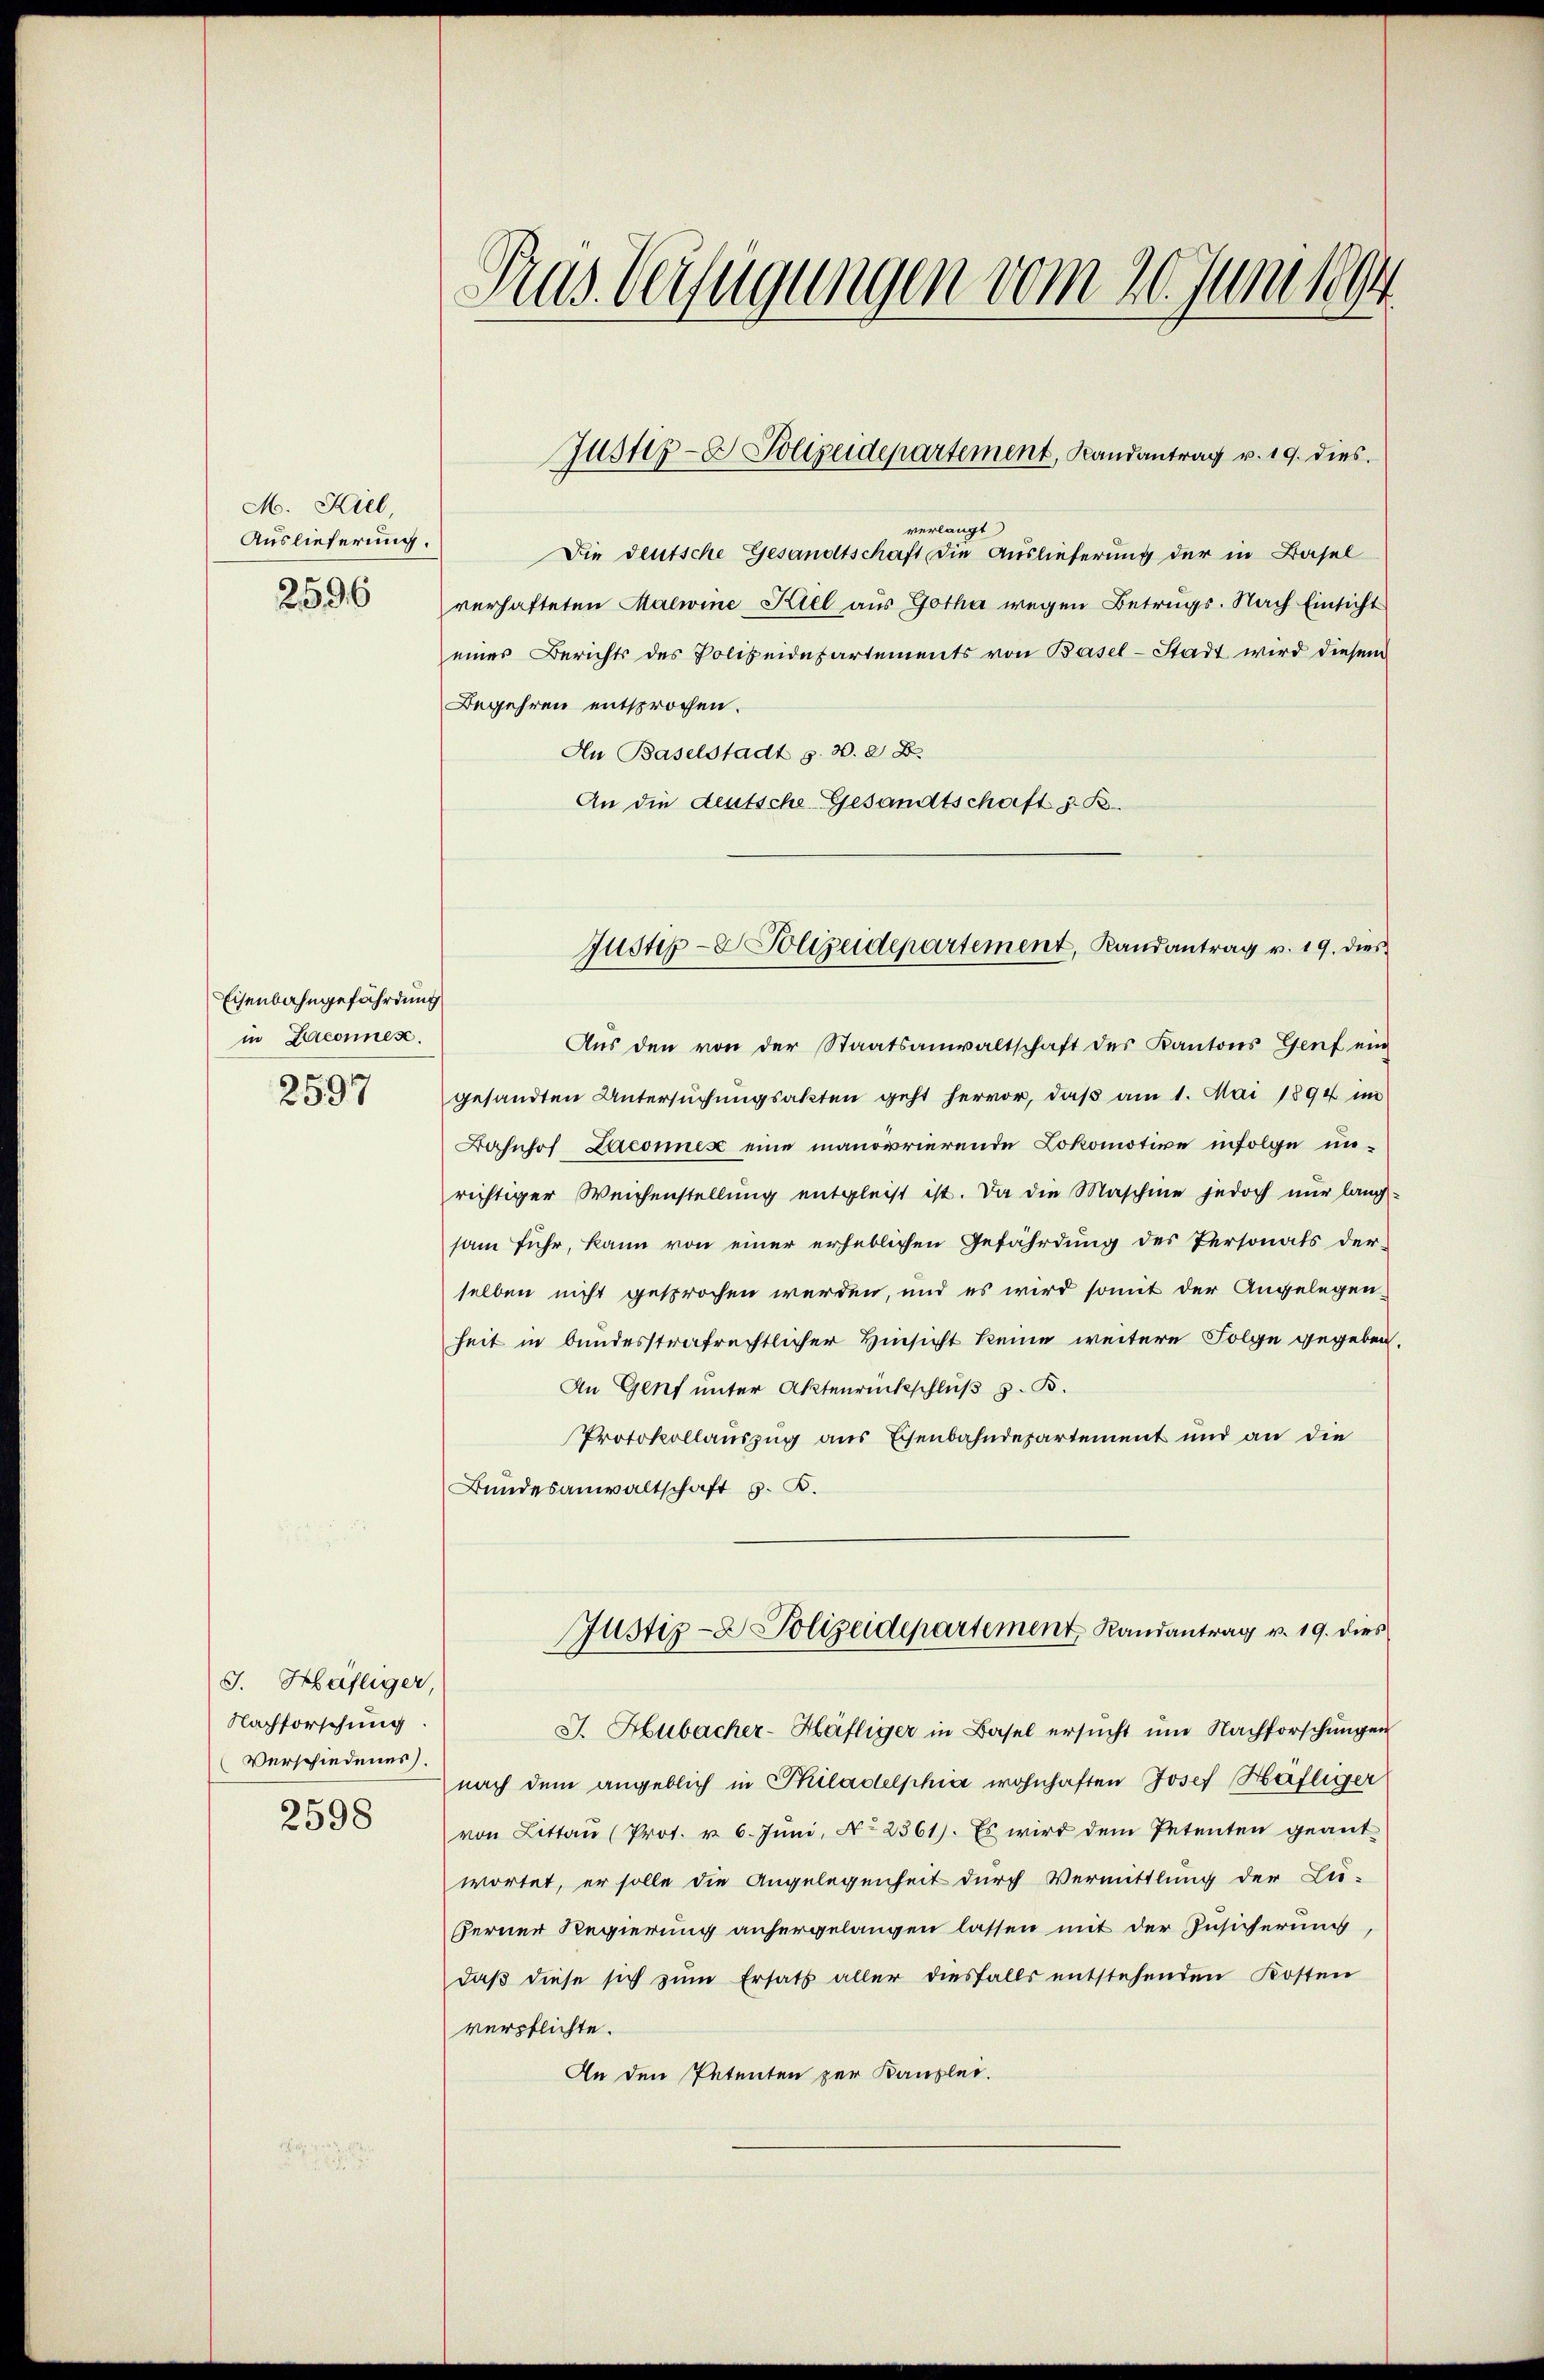
M. Kiel,
Auslieferung.
2596

Eisenbahngefährdung
in Deconnen.
2597

J. Häfliger,
Nachforschung.
Verschiedenes).
2598

Rus Verfügungen vom 20. Juni 1894

verlangt
Die deutsche Gesandtschaft die Auslieferung der in Basel
verhafteten Malwine Kiel aus Gotha wegen Betrugs. Nach Einsicht
eines Berichts des Polizeidepartements von Basel-Stadt wird diesem
Begehren entsprochen.
An Baselstadt z. B. 2 B.
An die deutsche Gesandtschaft z. B.
Aŭs den von der Staatsanwaltschaft des Kantons Genf ein
gesandten Untersuchungsakten geht hervor, daß am 1. Mai 1894 im
Bahnhof Laconex eine manövrierende Lokomotive infolge un-
richtiger Weichenstellung entgleist ist. Da die Maschine jedoch nur langsam fuhr, kann von einer erheblichen Gefährdung des Personats der-
selben nicht gesprochen werden, und es wird somit der Angelegen-
heit in bundesstrafrechtlicher Hinsicht keine weitere Folge gegeben.
An Genf unter Aktenrückschluß z. B.
Protokollauszug aus Eisenbahndepartement und an die
Bundesanwaltschaft z. B.
Justiz- & Polizeidepartement Randantrag v. 19. dies
J. Hubacher-Häfliger in Basel ersucht um Nachforschungen
nach dem angeblich in Philadelphia wohnhaften Josef Häfliger
von Litten (Prot. u. 6. Juni, No 2361). Es wird dem Petenten geant-
wortet, er solle die Angelegenheit durch Vermittlung der Lu-
Ferner Regierung anhergelangen lassen mit der Zusicherung,
daß diese sich zum Ersatz aller diesfalls entstehenden Kosten
verpflichte.
An den Petenten zur Kanzlei.

Justiz- & Polizeidepartement, Landantrag v. 19. dies

Justiz- & Polizeidepartement, Randantrag v. 19. dies